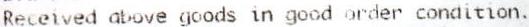
RECEIVED ABOVE GOODS IN GOOD ORDER CONDITION.